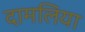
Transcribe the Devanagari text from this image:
दामलिया